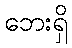
ဘေးရှိ